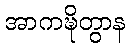
အာကဍ္ဎိတွာန